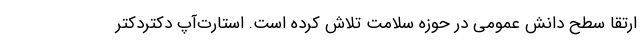
ارتقا سطح دانش عمومی در حوزه سلامت تلاش کرده است. استارت‌آ‌پ دکتردکتر